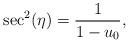
LaTeX: \begin{align*}\sec^2(\eta) = \frac{1}{1-u_0}, \end{align*}